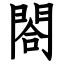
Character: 閤